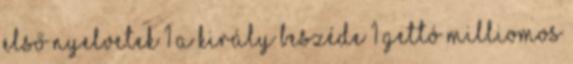
első nyelvetek 1 a király beszéde 1 gettó milliomos